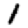
Digit: 1